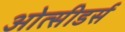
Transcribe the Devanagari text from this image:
ओत्सीडर्स